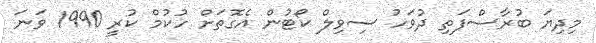
މިދިޔަ ބުރާސްފަތި ދުވަހު ސިވިލް ކޯޓުން އެގޮތަށް ހުކުމް ކުރީ 1990 ވަނަ